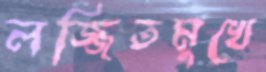
লজ্জিতমুখে